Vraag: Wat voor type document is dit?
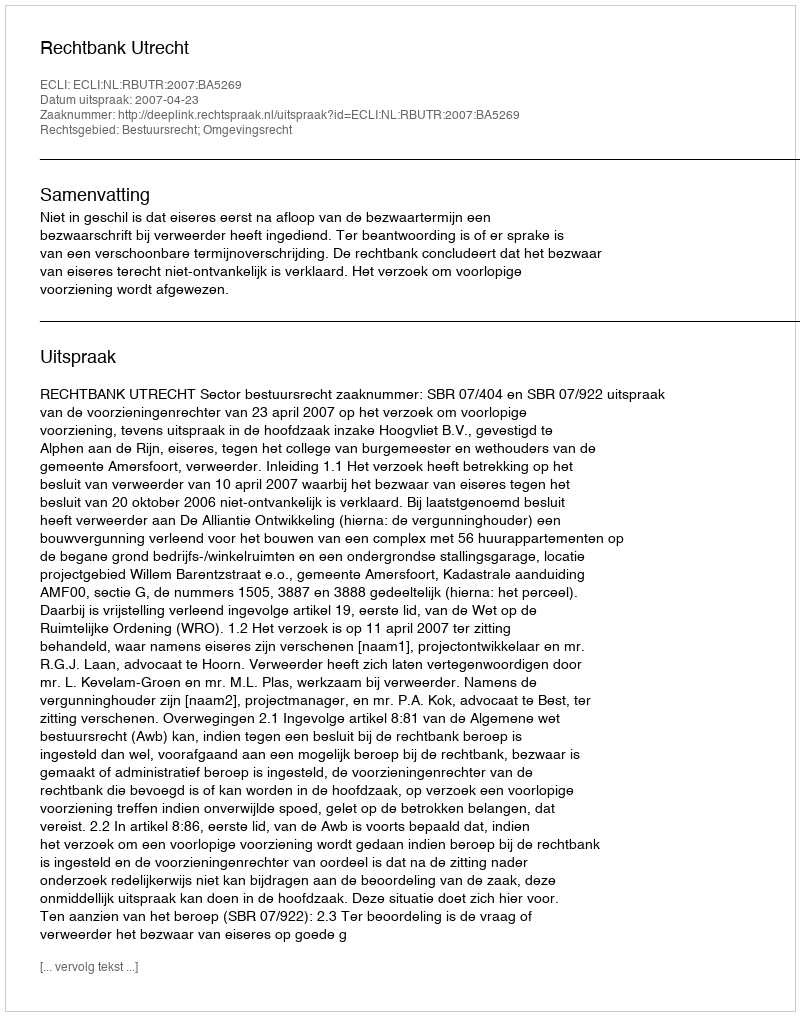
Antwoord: Uitspraak